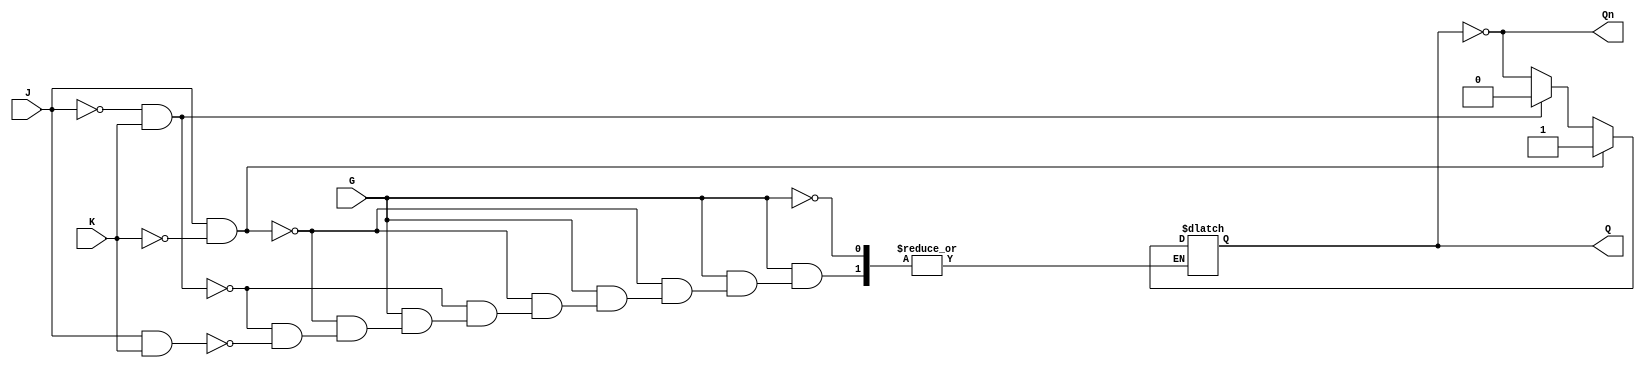
module gated_jk_latch (
    input wire J,   // Set input
    input wire K,   // Reset input
    input wire G,   // Enable input
    output reg Q,   // Output Q
    output wire Qn  // Complementary output Q'
);

// Complementary output Q'
assign Qn = ~Q;

// Always block to implement gated behavior
always @(*) begin
    if (G) begin
        if (J && !K) begin
            Q = 1;     // Set condition
        end else if (!J && K) begin
            Q = 0;     // Reset condition
        end else if (J && K) begin
            Q = ~Q;    // Toggle condition
        end
        // If J = 0 and K = 0, do nothing (Q remains unchanged)
    end
    // If G is low, Q retains its previous value due to the use of reg type
end

endmodule